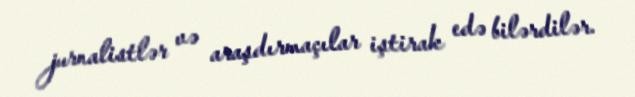
jurnalistlər və araşdırmaçılar iştirak edə bilərdilər.